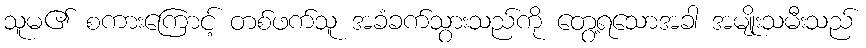
သူမ၏ စကားကြောင့် တစ်ဖက်သူ အခံခက်သွားသည်ကို တွေ့ရသောအခါ အမျိုးသမီးသည်